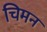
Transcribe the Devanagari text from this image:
चिमन